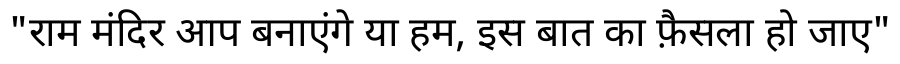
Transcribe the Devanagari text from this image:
"राम मंदिर आप बनाएंगे या हम, इस बात का फ़ैसला हो जाए"